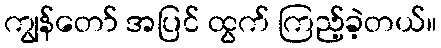
ကျွန်တော် အပြင် ထွက် ကြည့်ခဲ့တယ်။